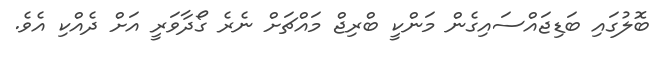
ބޮލުގައި ބަޑިޖައްސައިގެން މަންކީ ބްރިޖް މައްޗަށް ނެރެ ގޯދާވަރީ އަށް ދެއްކި އެވެ.